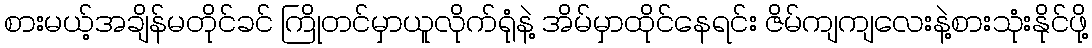
စားမယ့်အချိန်မတိုင်ခင် ကြိုတင်မှာယူလိုက်ရုံနဲ့ အိမ်မှာထိုင်နေရင်း ဇိမ်ကျကျလေးနဲ့စားသုံးနိုင်ဖို့